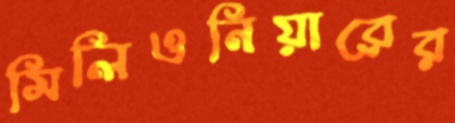
মিলিওনিয়ারের